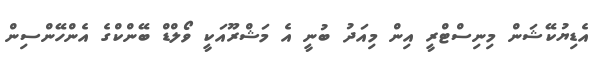
އެޑިޔުކޭޝަން މިނިސްޓްރީ އިން މިއަދު ބުނީ އެ މަޝްރޫއަކީ ވޯލްޑް ބޭންކްގެ އެންހޭންސިން